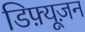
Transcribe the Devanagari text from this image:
डिफ़्यूज़न